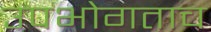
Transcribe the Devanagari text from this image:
उपभोगताच